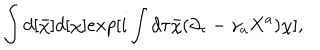
\int d [ { \bar { \chi } } ] d [ \chi ] e x p [ i \int d \tau { \bar { \chi } } ( \partial _ { \tau } - \gamma _ { a } X ^ { a } ) \chi ] ,